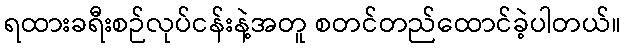
ရထားခရီးစဉ်လုပ်ငန်းနဲ့အတူ စတင်တည်ထောင်ခဲ့ပါတယ်။